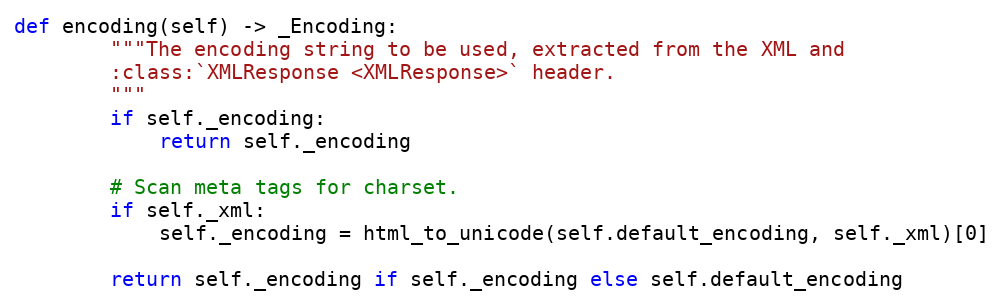
Language: Python
def encoding(self) -> _Encoding:
        """The encoding string to be used, extracted from the XML and
        :class:`XMLResponse <XMLResponse>` header.
        """
        if self._encoding:
            return self._encoding

        # Scan meta tags for charset.
        if self._xml:
            self._encoding = html_to_unicode(self.default_encoding, self._xml)[0]

        return self._encoding if self._encoding else self.default_encoding